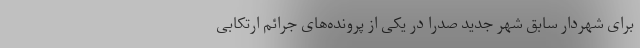
برای شهردار سابق شهر جدید صدرا در یکی از پرونده‌های جرائم ارتکابی